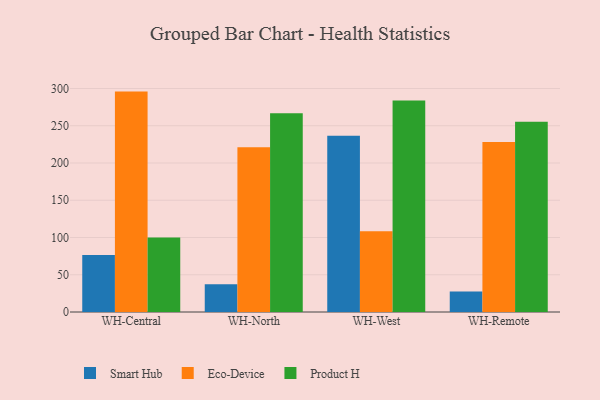
{"axis": {"x": "Warehouse", "y": "Production Output"}, "legend": ["Eco-Device", "Product H", "Smart Hub"], "data": [{"x": "WH-Central", "y": 76.5, "type": "Smart Hub"}, {"x": "WH-Central", "y": 295.8, "type": "Eco-Device"}, {"x": "WH-Central", "y": 100.0, "type": "Product H"}, {"x": "WH-North", "y": 37.2, "type": "Smart Hub"}, {"x": "WH-North", "y": 221.0, "type": "Eco-Device"}, {"x": "WH-North", "y": 266.9, "type": "Product H"}, {"x": "WH-West", "y": 236.6, "type": "Smart Hub"}, {"x": "WH-West", "y": 108.3, "type": "Eco-Device"}, {"x": "WH-West", "y": 284.0, "type": "Product H"}, {"x": "WH-Remote", "y": 27.5, "type": "Smart Hub"}, {"x": "WH-Remote", "y": 228.3, "type": "Eco-Device"}, {"x": "WH-Remote", "y": 255.2, "type": "Product H"}]}